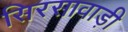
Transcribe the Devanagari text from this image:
सिरसावाड़ी